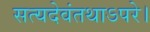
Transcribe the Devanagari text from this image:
सत्यदेवंतथाऽपरे।